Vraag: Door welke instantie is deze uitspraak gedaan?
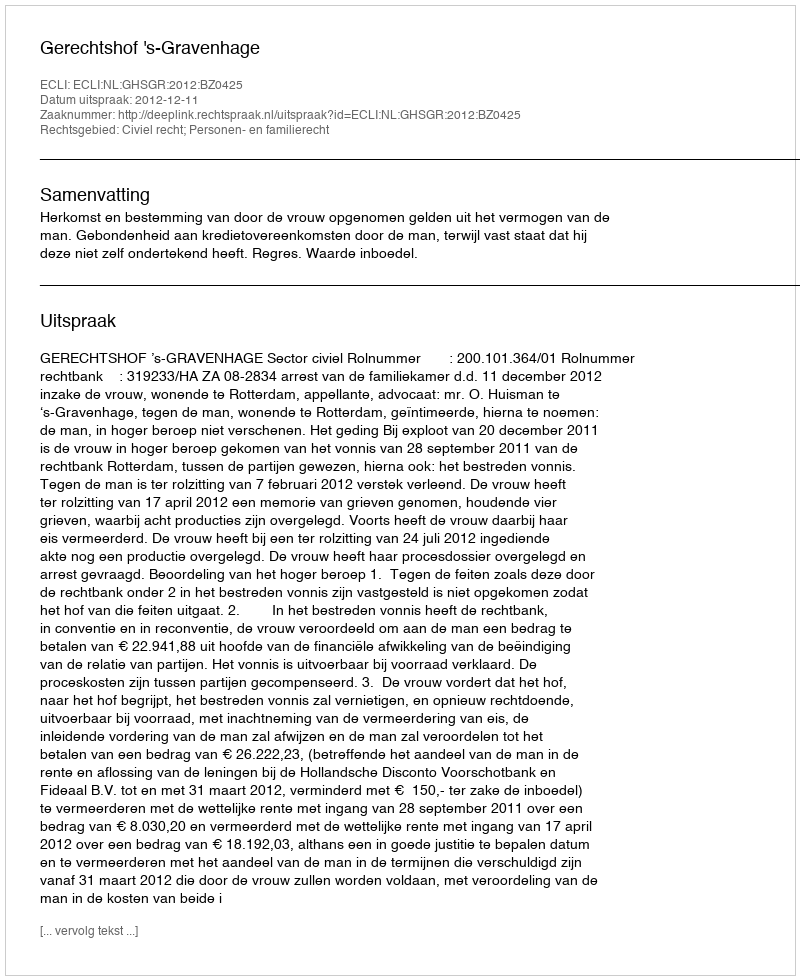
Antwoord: Gerechtshof 's-Gravenhage